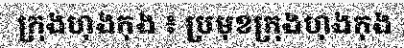
ក្រុងហុងកុង ៖ ប្រមុខក្រុងហុងកុង